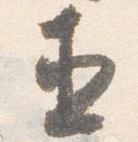
直